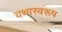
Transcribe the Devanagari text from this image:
यथास्वरूप